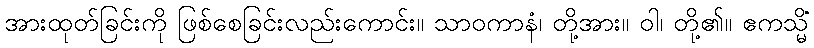
အားထုတ်ခြင်းကို ဖြစ်စေခြင်းလည်းကောင်း။ သာဝကာနံ၊ တို့အား။ ဝါ၊ တို့၏။ ဧကသ္မိံ